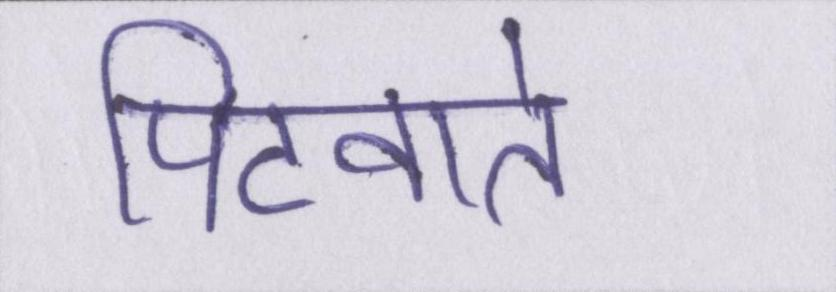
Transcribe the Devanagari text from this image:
पिटवाते